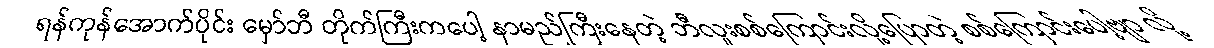
ရန်ကုန်အောက်ပိုင်း မှော်ဘီ တိုက်ကြီးကပေါ့ နာမည်ကြီးနေတဲ့ ဘီလူးစစ်ကြောင်းလို့ပြောတဲ့ စစ်ကြောင်းပေါ့ဗျာ လို့